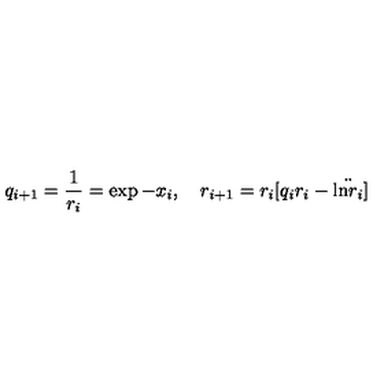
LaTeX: q _ { i + 1 } = { \frac { 1 } { r _ { i } } } = \exp - x _ { i } , \quad r _ { i + 1 } = r _ { i } [ q _ { i } r _ { i } - \ddot { \mathrm { l n } r _ { i } } ]